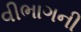
વીભાગની